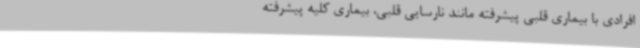
افرادی با بیماری قلبی پیشرفته مانند نارسایی قلبی، بیماری کلیه پیشرفته